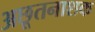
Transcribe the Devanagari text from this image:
अछूतनाशक